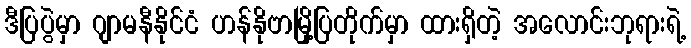
ဒီပြပွဲမှာ ဂျာမနီနိုင်ငံ ဟန်နိုဗာမြို့ပြတိုက်မှာ ထားရှိတဲ့ အလောင်းဘုရားရဲ့